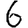
Digit: 6